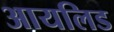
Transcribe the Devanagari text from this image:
आयलिड